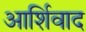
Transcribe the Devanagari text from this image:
आर्शिवाद